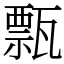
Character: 㼼